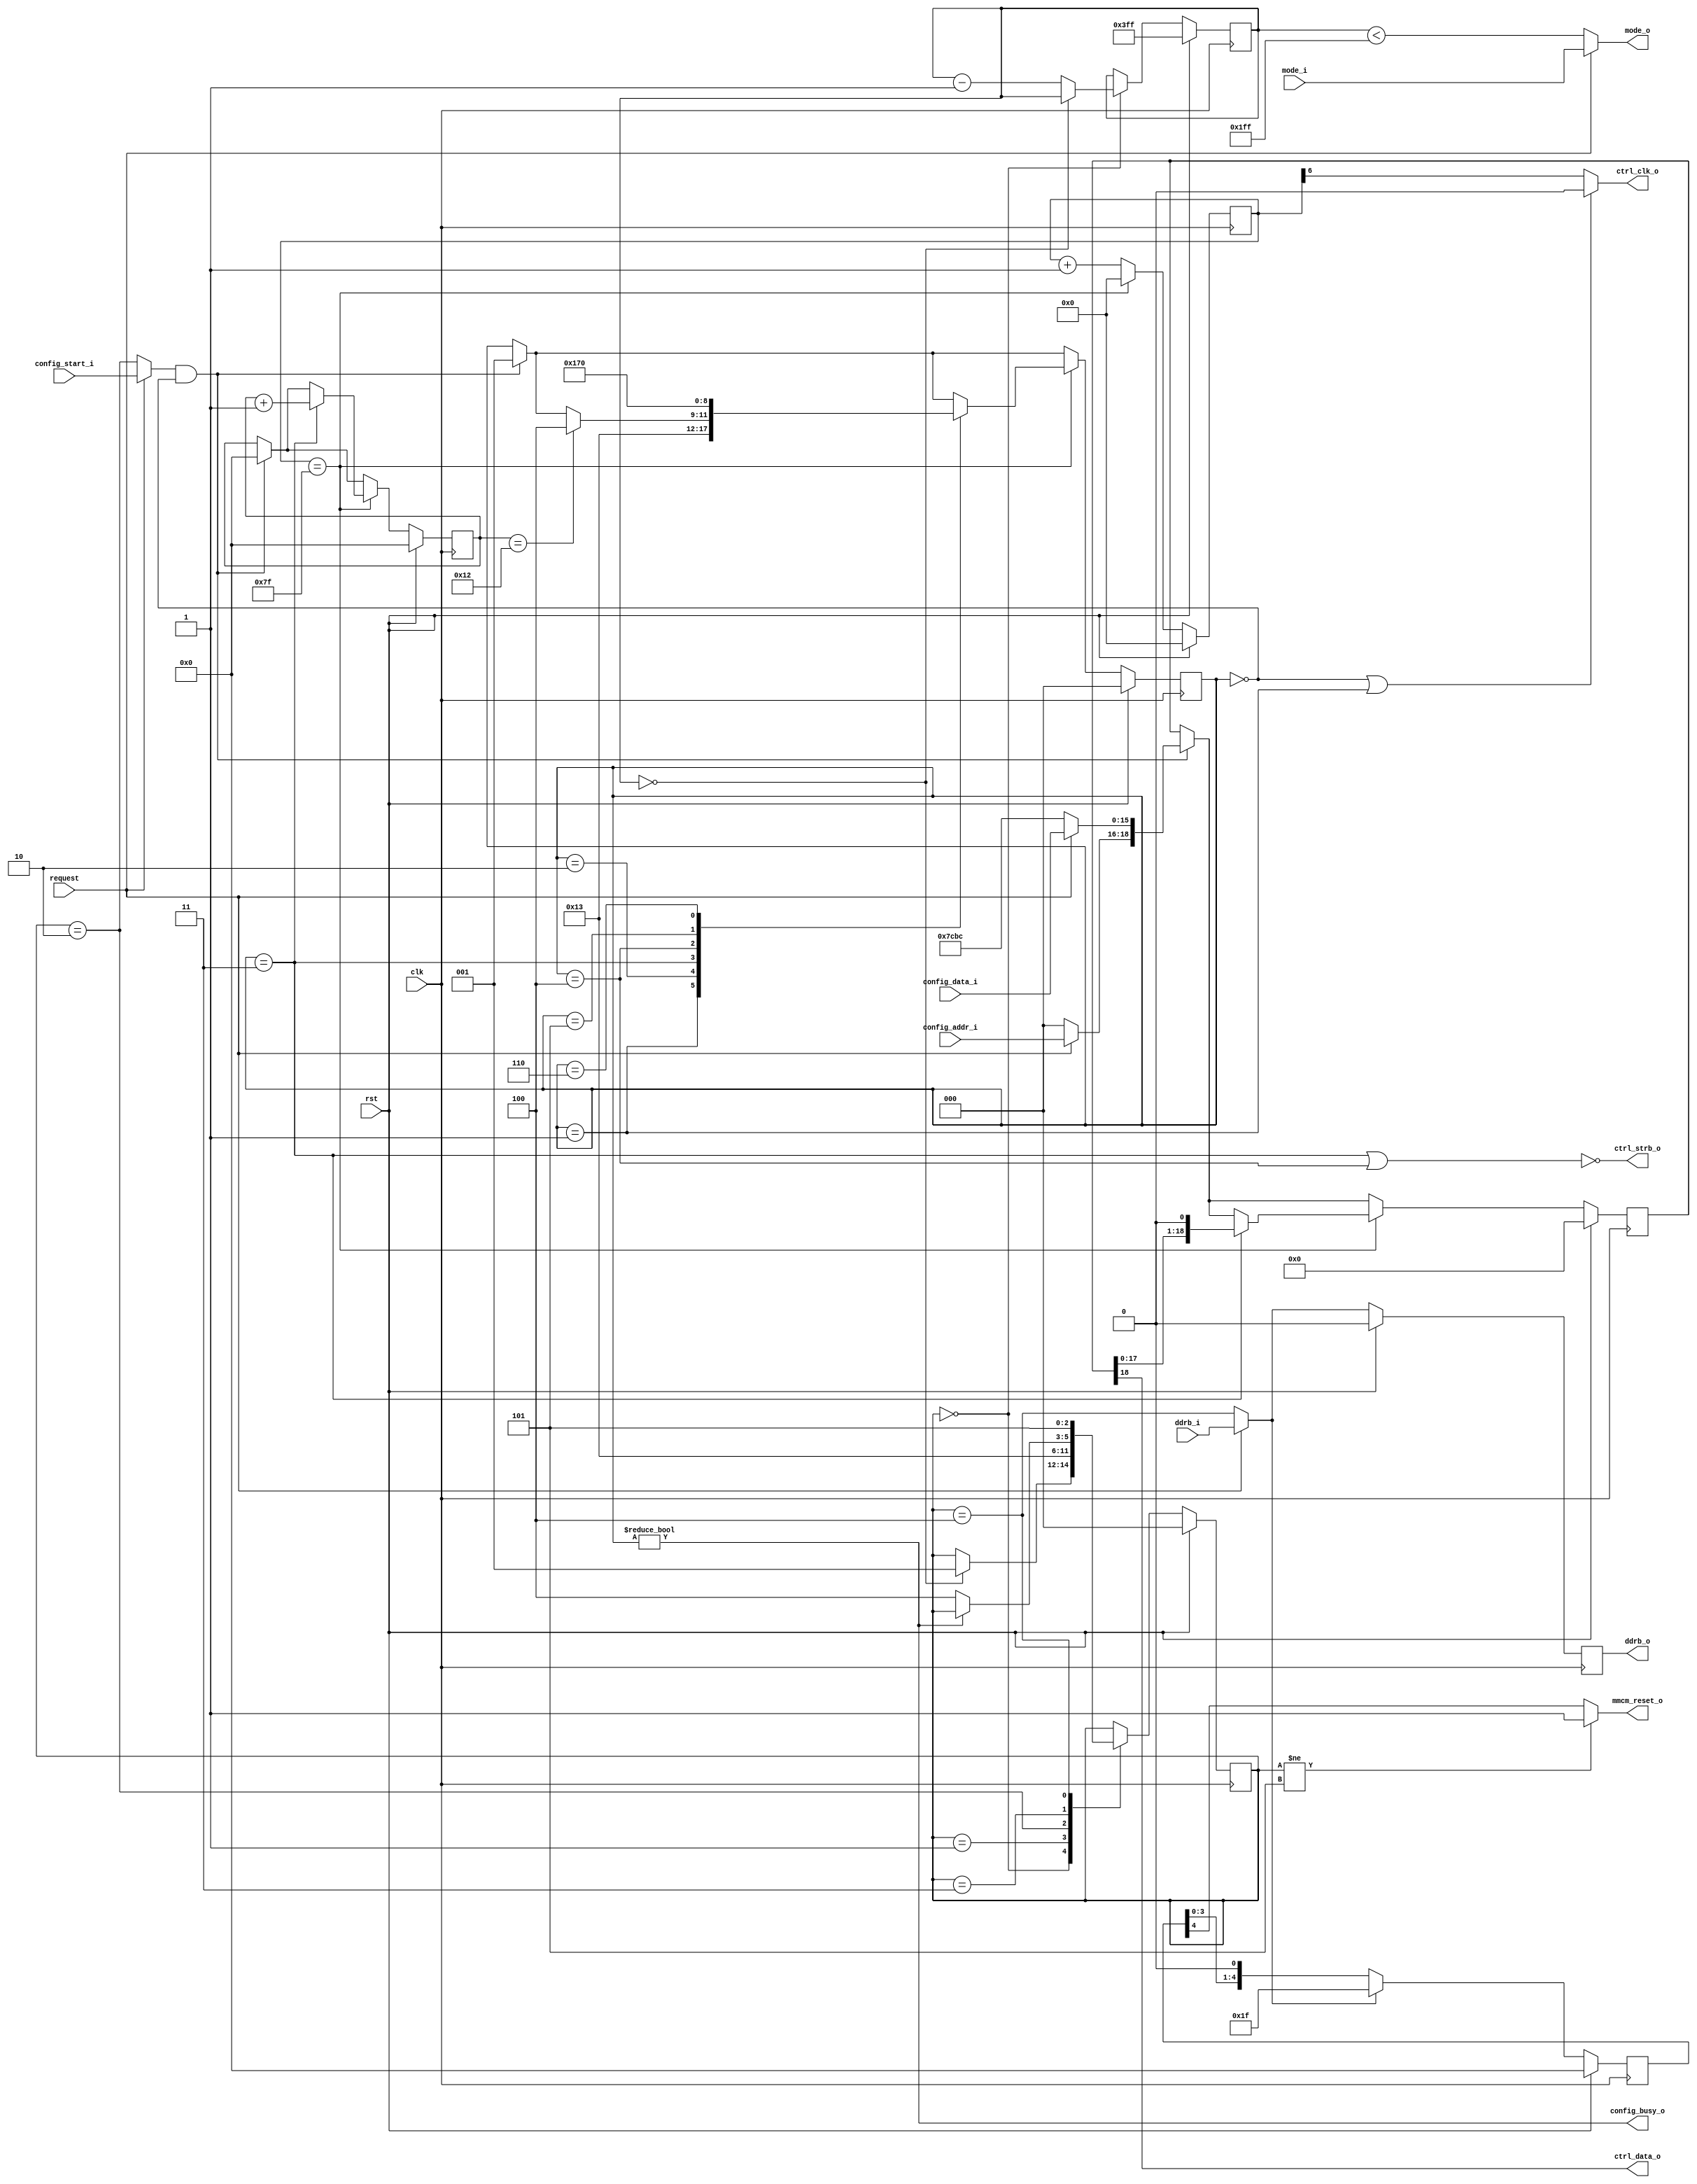
module adc_config_mux #(
    parameter INTERLEAVED = 0
  ) (
    input  clk,
    input  rst,
    input  request,
    input  ddrb_i,
    input  mode_i,

    input  config_start_i,
    output config_busy_o,
    input  [15:0] config_data_i,
    input   [2:0] config_addr_i,

    output ddrb_o,
    output mmcm_reset_o,
    output mode_o,
    output ctrl_clk_o,
    output ctrl_strb_o,
    output ctrl_data_o
  );
  wire ddrb_int;
  wire mode_int;

  wire config_start;
  wire [15:0] config_data;
  wire  [2:0] config_addr;

  wire config_start_int;
  wire [15:0] config_data_int;
  wire  [2:0] config_addr_int;

  wire ddrb_pre;

  assign ddrb_pre      = request ? ddrb_i         : ddrb_int;
  assign mode_o        = request ? mode_i         : mode_int;
  assign config_start  = request ? config_start_i : config_start_int;
  assign config_data   = request ? config_data_i  : config_data_int;
  assign config_addr   = request ? config_addr_i  : config_addr_int;

  /********** Three-wire Interface Control ************/
  //adc three wire interface registers
  reg  [6:0] clk_counter;
  reg [18:0] shift_register;

  reg  [2:0] xfer_state;
  localparam STATE_IDLE   = 0; //nothing being sent
  localparam STATE_WAIT   = 1; //waiting for clock negedge
  localparam STATE_STRB0  = 2; //1 cycle with strobe inactive
  localparam STATE_DATA   = 3; //19 cycles to xfer data
  localparam STATE_COMMIT = 4; //1 cycle for commit bit commit 
  localparam STATE_STRB1  = 5; //1 cycle for strb inactive
  localparam STATE_SWAIT  = 6; //wait one cycle with previous strobe actived

  reg  [4:0] xfer_progress;

  always @(posedge clk) begin
    if (rst) begin
      clk_counter    <= 7'b0;
    end else begin
      /* Let counter trickle over */
      if (clk_counter == 7'b111_1111) begin
        clk_counter <= 7'b0;
      end else begin
        clk_counter <= clk_counter + 1;
      end
    end
  end

  always @(posedge clk) begin
    if (rst) begin
      xfer_progress  <= 5'b0;
      shift_register <= 19'b0;
      xfer_state     <= STATE_IDLE;
    end else begin

      if (config_start && xfer_state == STATE_IDLE) begin //old transfers get pre
        shift_register <= {config_addr, config_data};
        xfer_state     <= STATE_WAIT;
        xfer_progress  <= 5'b0;
      end

      if (clk_counter == 7'b111_1111) begin //on negedge clk
        case (xfer_state)
          STATE_IDLE:   begin
          end
          STATE_WAIT:   begin
            xfer_state <= STATE_STRB0;
          end
          STATE_STRB0:  begin
            xfer_state <= STATE_DATA;
          end
          STATE_DATA:   begin
            shift_register <= {shift_register, 1'b0};
            xfer_progress  <= xfer_progress + 1;
            if (xfer_progress == 18) begin
              xfer_state <= STATE_COMMIT;
            end
          end
          STATE_COMMIT: begin
            xfer_state <= STATE_STRB1;
          end
          STATE_STRB1:  begin
            xfer_state <= STATE_SWAIT;
          end
          STATE_SWAIT:  begin
            xfer_state <= STATE_IDLE;
          end
        endcase
      end
    end
  end

  assign config_busy_o = xfer_state != STATE_IDLE;

  assign ctrl_clk_o  = xfer_state == STATE_IDLE || xfer_state == STATE_WAIT ? 1'b0 : clk_counter[6];
  assign ctrl_strb_o = !(xfer_state == STATE_DATA || xfer_state == STATE_COMMIT);
  assign ctrl_data_o = shift_register[18];

  /* Auto Config state machine */

  reg [2:0] conf_state;
  localparam CONF_MODE_CLEAR = 3'd0;
  localparam CONF_MODE_SET   = 3'd1;
  localparam CONF_LOAD       = 3'd2;
  localparam CONF_WAIT       = 3'd3;
  localparam CONF_RESET      = 3'd4;
  localparam CONF_DONE       = 3'd5;

  reg [9:0] clear_wait;
  /* This wait needs to be long as there seems to be a TON of
     capacitance on the mode line
  */

  always @(posedge clk) begin
    if (rst) begin
      conf_state <= CONF_MODE_CLEAR;
      clear_wait <= 10'b11_1111_1111;
    end else begin
      case (conf_state)
        CONF_MODE_CLEAR: begin
          if (!clear_wait) begin
            conf_state <= CONF_MODE_SET;
          end else begin
            clear_wait <= clear_wait - 1;
          end
        end
        CONF_MODE_SET: begin
          conf_state <= CONF_LOAD;
        end
        CONF_LOAD: begin
          conf_state <= CONF_WAIT;
        end
        CONF_WAIT: begin
          if (!config_busy_o)
            conf_state <= CONF_RESET;
        end
        CONF_RESET: begin
          conf_state <= CONF_DONE;
        end
        CONF_DONE: begin
        end
      endcase
    end
  end

  assign ddrb_int         = conf_state == CONF_RESET;
  assign mode_int         = clear_wait < 10'b01_1111_1111;
  assign config_start_int = conf_state == CONF_LOAD;
  assign config_data_int  = INTERLEAVED ? 16'h7c2c : 16'h7cbc;
  assign config_addr_int  = 3'b0;

  /* dcm reset extend */

  reg [4:0] mmcm_reset_extend;

  reg ddrb_reg;
  //synthesis attribute IOB of dcm_reg is true

  always @(posedge clk) begin
    if (rst) begin
      mmcm_reset_extend <= 4'b0;
      ddrb_reg <= 1'b0;
    end else begin
      ddrb_reg <= ddrb_pre;
      if (ddrb_pre) begin
        mmcm_reset_extend <= 5'b11111;
      end else begin
        mmcm_reset_extend <= mmcm_reset_extend << 1;
      end
    end
  end
  
  assign ddrb_o      = ddrb_reg;
  assign mmcm_reset_o = conf_state != CONF_DONE ? 1'b1 :mmcm_reset_extend[4];
endmodule